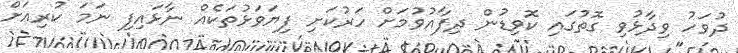
ދުވަހު ވިދާޅުވި ގޮތުގައި ކޮވިޑުން ދިފާއުވުމަށް ހަރުކަށި ފިޔަވަޅުތަކެއް ނާޅައިފި ނަމަ ކުރިއަށް